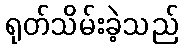
ရုတ်သိမ်းခဲ့သည်